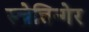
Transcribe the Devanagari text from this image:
स्च्रेत्तिन्गेर